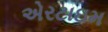
એરટાઇમ